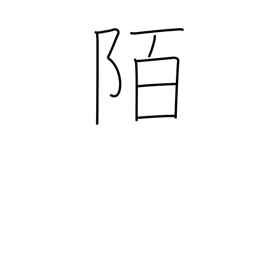
Meaning: road